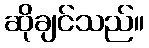
ဆိုချင်သည်။